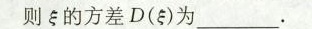
则的方差D(ξ)为___.